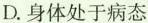
D.身体处于病态